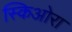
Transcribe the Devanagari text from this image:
स्किओरा